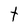
Character: t